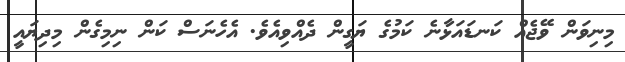
މިނިވަން ވޭޖެއް ކަނޑައަޅާނެ ކަމުގެ ޔަގީން ދެއްވިއެވެ. އެހެނަސް ކަން ނިމިގެން މިދިޔައީ